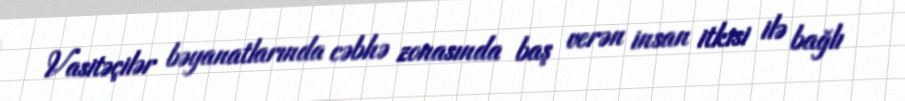
Vasitəçilər bəyanatlarında cəbhə zonasında baş verən insan itkisi ilə bağlı